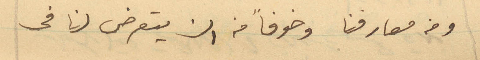
ومن معارفنا وخوفاً من ان يتعرض لنا في